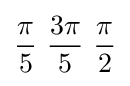
{\pi  \over 5}\ {3\pi  \over 5}\ {\pi  \over 2}